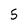
Character: 5